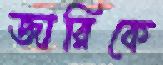
জারিকে